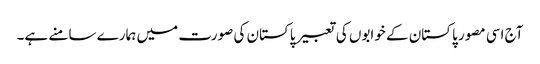
آج اسی مصور پاکستان کے خوابوں کی تعبیر پاکستان کی صورت میں ہمارے سامنے ہے۔